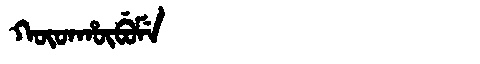
Manchu: ᡴᡡᡨᡥᡡᠪᡠᠮᡝ
Romanization: KŪTHŪBUME